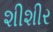
શીશીર